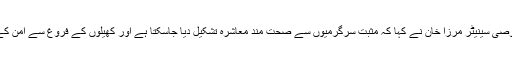
اس موقع پر مہمان خصوصی سینیٹر مرزا خان نے کہا کہ مثبت سرگرمیوں سے صحت مند معاشرہ تشکیل دیا جاسکتا ہے اور کھیلوں کے فروغ سے امن کے قیام میں مدد ملتی ہے۔